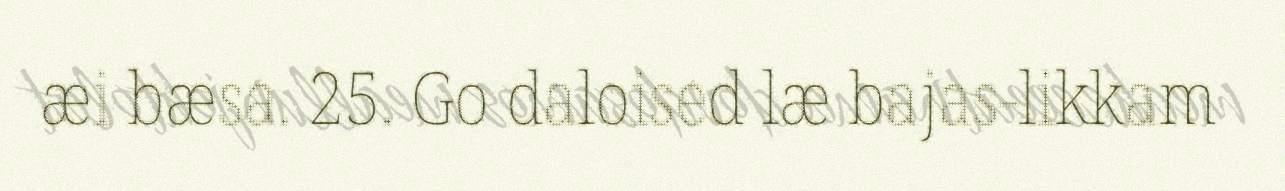
æi bæsa. 25. Go daloised læ bajas-likkam